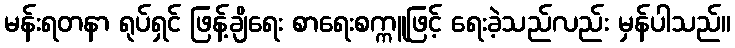
မန်းရတနာ ရုပ်ရှင် ဖြန့်ချိရေး စာရေးစက္ကူဖြင့် ရေးခဲ့သည်လည်း မှန်ပါသည်။